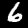
Digit: 6